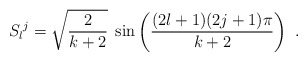
\begin{align*}S_l{}^j = \sqrt{\frac{2}{k+2}}\; \sin\left(\frac{(2l+1)(2j+1)\pi}{k+2}\right)\ .\end{align*}